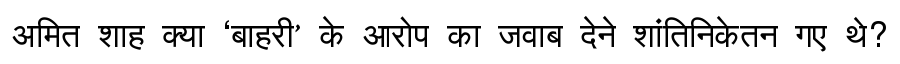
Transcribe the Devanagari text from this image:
अमित शाह क्या ‘बाहरी’ के आरोप का जवाब देने शांतिनिकेतन गए थे?